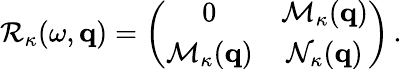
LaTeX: {\cal R}_{\kappa}(\omega,{\mathbf q})=\left(\begin{array}{cc}{0}&{{\cal M}_{\kappa}({\mathbf q})}\\ {{\cal M}_{\kappa}({\mathbf q})}&{{\cal N}_{\kappa}({\mathbf q})}\end{array}\right)\, .